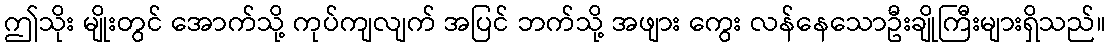
ဤသိုး မျိုးတွင် အောက်သို့ ကုပ်ကျလျက် အပြင် ဘက်သို့ အဖျား ကွေး လန်နေသောဦးချိုကြီးများရှိသည်။